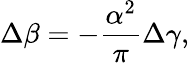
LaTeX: \Delta\beta=-\frac{\alpha^{2}}{\pi}\Delta\gamma,